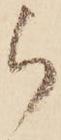
ら